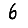
Digit: 6